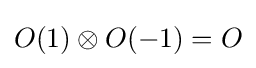
O(1)\otimes O(-1)=O